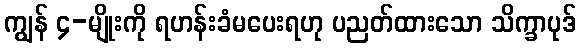
ကျွန် ၄-မျိုးကို ရဟန်းခံမပေးရဟု ပညတ်ထားသော သိက္ခာပုဒ်